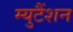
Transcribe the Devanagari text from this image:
म्युटैंशन